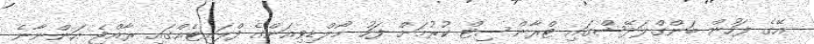
އޭގެ ފަހުން ބަންގްލަދޭޝްގައި ޓްރާންސިޓް ކުރުމަށް ފަހު މޯލްޑިވިއަންގެ ފްލައިޓެއްގައި ރާއްޖެ އަންނާނެ